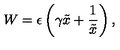
W = \epsilon \left( \gamma \tilde { x } + \frac { 1 } { \tilde { x } } \right) ,